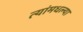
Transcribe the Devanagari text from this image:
त्यांमधल्या